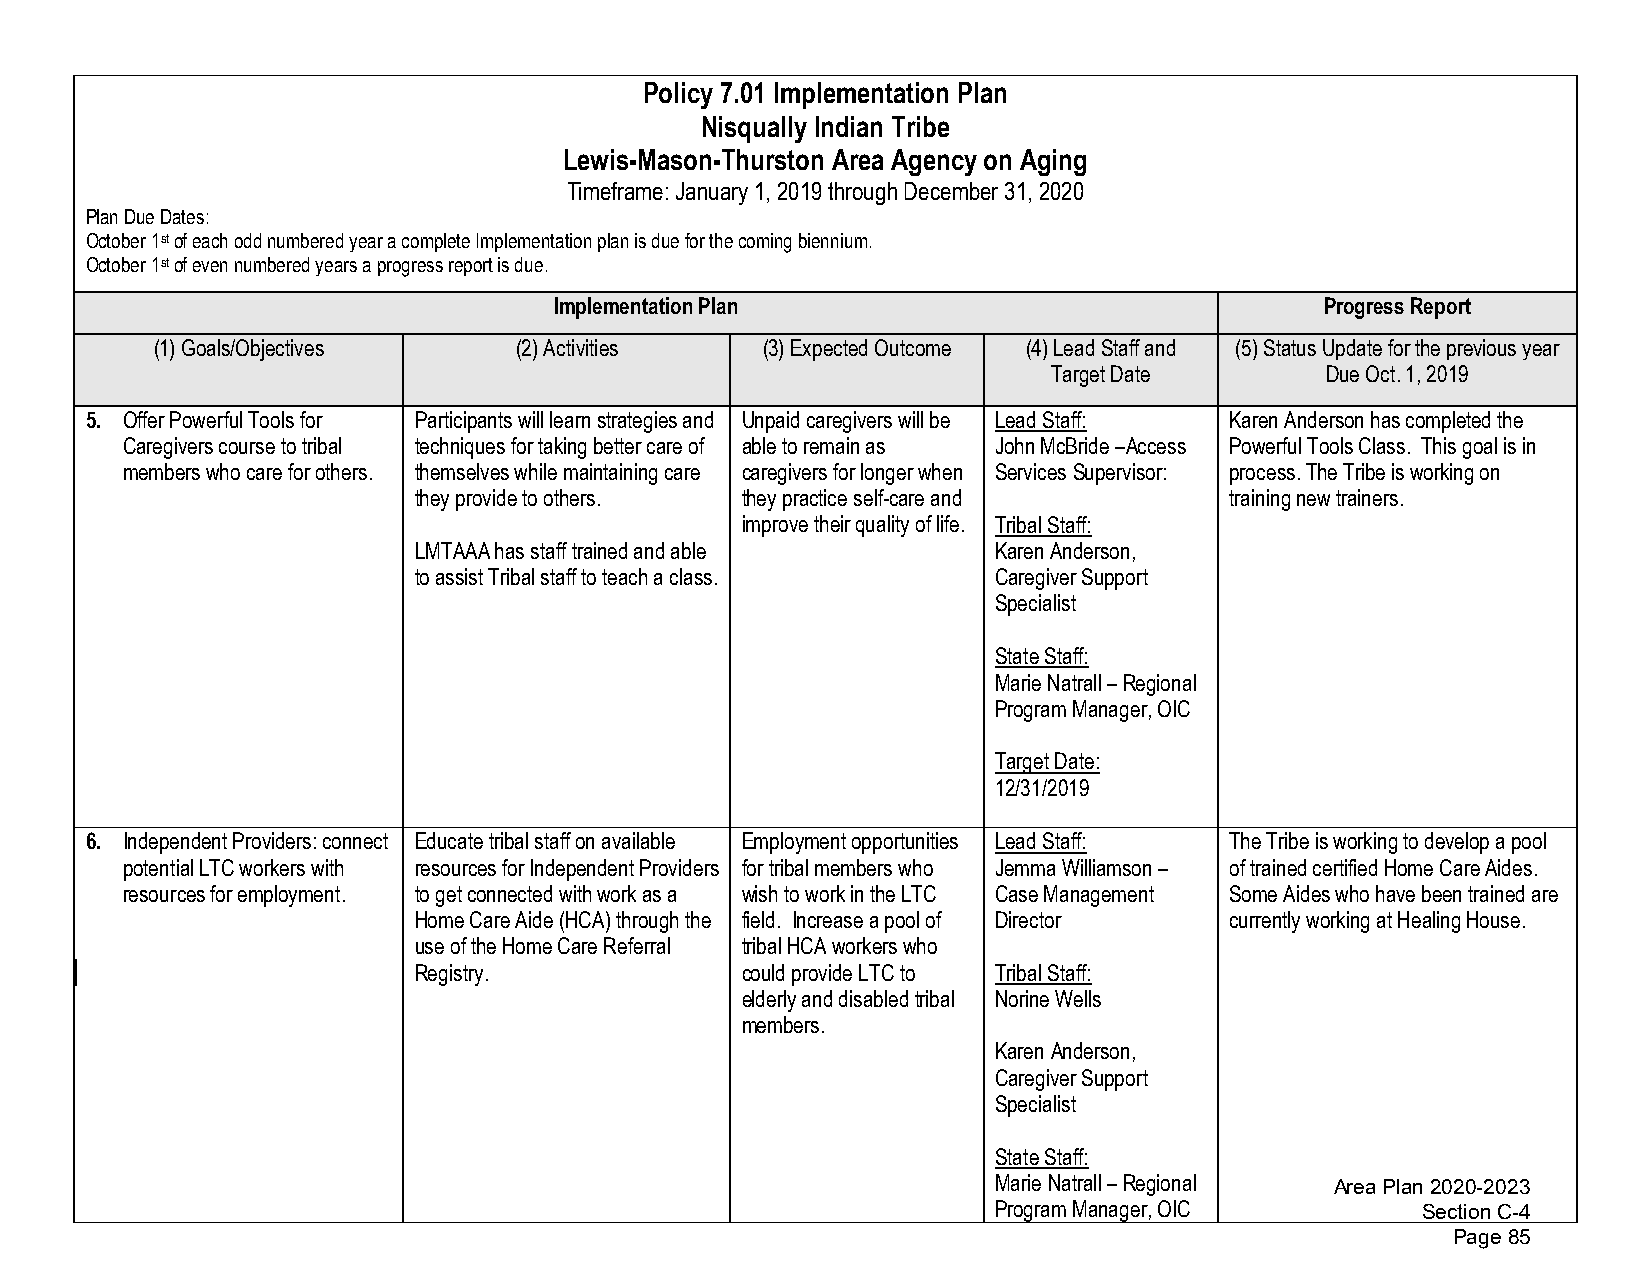
Policy 7.01 Implementation Plan
 Nisqually Indian Tribe
 Lewis-Mason-Thurston Area Agency on Aging
 Timeframe: January 1, 2019 through December 31, 2020
 Plan Due Dates:
 October 1st of each odd numbered year a complete Implementation plan is due for the coming biennium.
 October 1st of even numbered years a progress report is due.
 Implementation Plan                                Progress Report
 (1)Goals/Objectives     (2)Activities   (3)Expected Outcome (4)Lead Staff and (5)Status Update for the previous year
 Target Date       Due Oct. 1, 2019
 5. Offer Powerful Tools for Participants will learn strategies and Unpaid caregivers will be Lead Staff: Karen Anderson has completed the
 Caregivers course to tribal techniques for taking better care of able to remain as John McBride –Access Powerful Tools Class. This goal is in
 members who care for others. themselves while maintaining care caregivers for longer when Services Supervisor: process. The Tribe is working on
 they provide to others. they practice self-care and   training new trainers.
 improve their quality of life. Tribal Staff:
 LMTAAA has staff trained and able      Karen Anderson,
 to assist Tribal staff to teach a class. Caregiver Support
 Specialist
 State Staff:
 Marie Natrall – Regional
 Program Manager, OIC
 Target Date:
 12/31/2019
 6. Independent Providers: connect Educate tribal staff on available Employment opportunities Lead Staff: The Tribe is working to develop a pool
 potential LTC workers with resources for Independent Providers for tribal members who Jemma Williamson – of trained certified Home Care Aides.
 resources for employment. to get connected with work as a wish to work in the LTC Case Management Some Aides who have been trained are
 Home Care Aide (HCA) through the field. Increase a pool of Director currently working at Healing House.
 use of the Home Care Referral tribal HCA workers who
 Registry.             could provide LTC to Tribal Staff:
 elderly and disabled tribal Norine Wells
 members.
 Karen Anderson,
 Caregiver Support
 Specialist
 State Staff:
 Marie Natrall – Regional Area Plan 2020-2023
 Program Manager, OIC        Section C-4
 Page 85